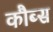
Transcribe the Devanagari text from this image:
कौब्स